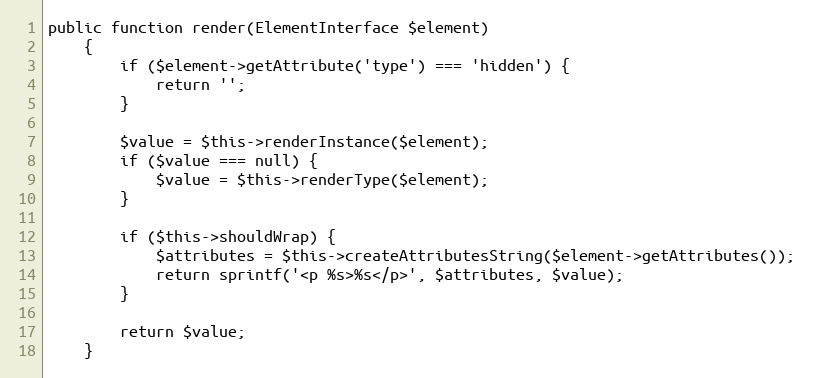
Language: PHP
public function render(ElementInterface $element)
    {
        if ($element->getAttribute('type') === 'hidden') {
            return '';
        }

        $value = $this->renderInstance($element);
        if ($value === null) {
            $value = $this->renderType($element);
        }

        if ($this->shouldWrap) {
            $attributes = $this->createAttributesString($element->getAttributes());
            return sprintf('<p %s>%s</p>', $attributes, $value);
        }

        return $value;
    }